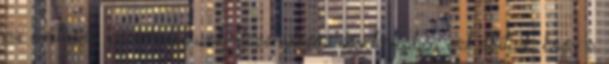
az evolúciós pszichológusok viszonylagos egyetértésben azt állítják, hogy a